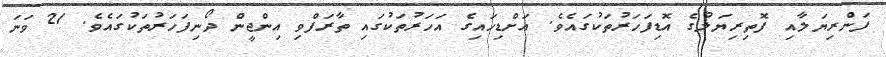
ފަންރިޔަލާއި ފޮތިރިޔަލުގެ އޮޑިފަހަރުތަކުގައެވެ. އަށްޑިހައިގެ އަހަރުތަކުގައި ތާރަފްވި އިންޖީން ދޯނިފަހަރުތަކުގައެވެ. 21 ވަނަ